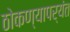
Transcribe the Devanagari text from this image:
ठोकण्यापर्यंत